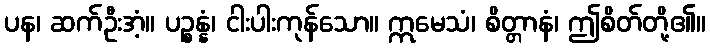
ပန၊ ဆက်ဦးအံ့။ ပဉ္စန္နံ၊ ငါးပါးကုန်သော။ ဣမေသံ၊ စိတ္တာနံ၊ ဤစိတ်တို့၏။